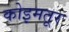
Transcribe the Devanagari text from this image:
कोइमतूर